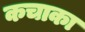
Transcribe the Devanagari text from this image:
कचाका